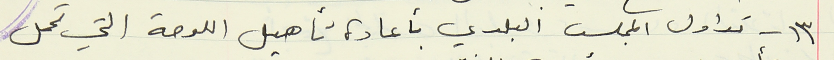
١٣ - تداول المجلس البلدي باعادة تأهيل اللوحة التي تحمل